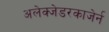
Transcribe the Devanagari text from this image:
अलेक्जेडरकाजेर्न